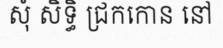
សុំ សិទ្ធិ ជ្រកកោន នៅ